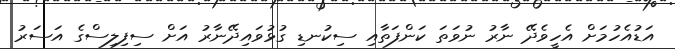
އަޑުއެހުމަށް އެހީވެދޭ ނާރު ނުވަތަ ކަންފަތާއި ސިކުނޑި ގުޅުވައިދޭނާރު އަށް ސިފިލިސްގެ އަސަރު